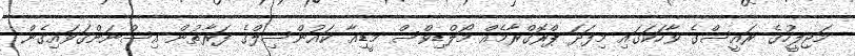
މަޖިލީހުގެ ރައީސްގެ ވާހަކަގައި މިފަދަ ޕްރޮގްރާމެއް މޯލްޑިވްސް މީޑިއާ ކައުންސިލްގެ ފަރާތުން އިސްނަންގަވައިގެން